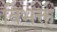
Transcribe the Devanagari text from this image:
विभक्त्